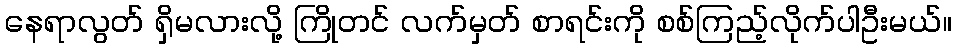
နေရာလွတ် ရှိမလားလို့ ကြိုတင် လက်မှတ် စာရင်းကို စစ်ကြည့်လိုက်ပါဦးမယ်။